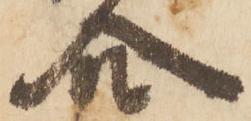
合